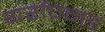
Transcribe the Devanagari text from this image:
यर्रापगड